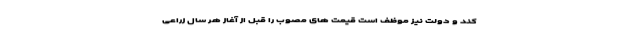
کند و دولت نیز موظف است قیمت های مصوب را قبل از آغاز هر سال زراعی